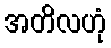
အတိလဟုံ